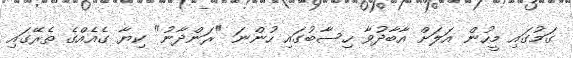
ގަމުގައި މީހުން އަލަށް އާބާދުވާ ހިސާބުގައި ހުންނަ "ރަންދާނު" ކިޔާ ގެއެއްގެ ތެރޭގައި